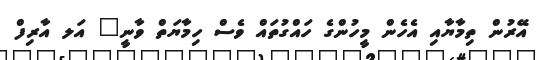
އޭރުން ތިމާޔާއި އެހެން މީހުންގެ ހައްގުތައް ވެސް ހިމާޔަތް ވާނީ" އަލ އާރިފް